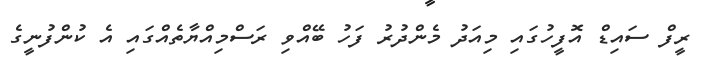
ރީފް ސައިޑް އޮފީހުގައި މިއަދު މެންދުރު ފަހު ބޭއްވި ރަސްމިއްޔާތެއްގައި އެ ކުންފުނީގެ